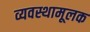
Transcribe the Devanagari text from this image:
व्यवस्थामूलक